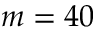
m = 4 0